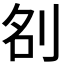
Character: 𭃞